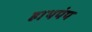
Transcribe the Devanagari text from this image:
हाथपंप